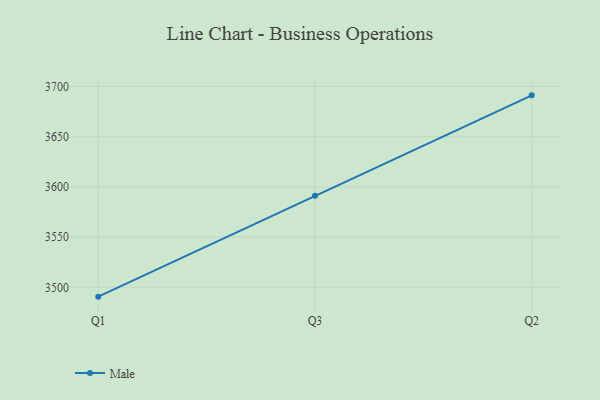
{"axis": {"x": "Quarter", "y": "Conversion Rate (%)"}, "legend": ["Male"], "data": [{"x": "Q1", "y": 3490.7, "type": "Male"}, {"x": "Q3", "y": 3591.1, "type": "Male"}, {"x": "Q2", "y": 3691.2, "type": "Male"}]}